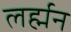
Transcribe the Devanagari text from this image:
लर्ह्मन